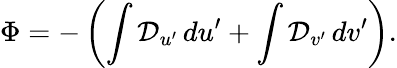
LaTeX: \Phi=-\left(\int\mathcal{D}_{u^{\prime}}\, du^{\prime}+\int\mathcal{D}_{v^{\prime}}\, dv^{\prime}\right).